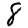
Digit: 8